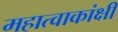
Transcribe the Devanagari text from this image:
महात्वाकांक्षी